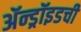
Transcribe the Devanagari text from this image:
ॲन्ड्रॉइडची